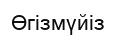
Өгізмүйіз